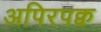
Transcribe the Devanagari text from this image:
अपिरपक्व